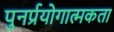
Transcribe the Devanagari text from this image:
पुनर्प्रयोगात्मकता